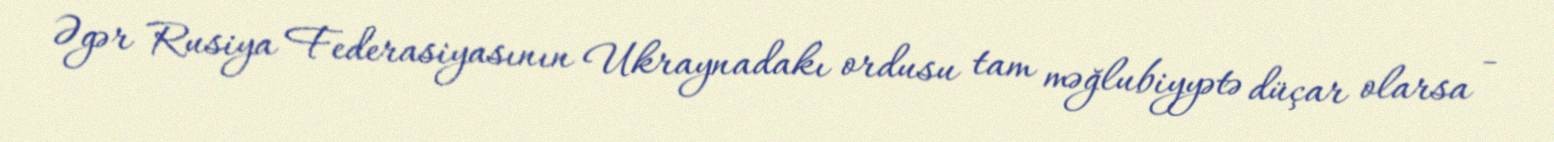
Əgər Rusiya Federasiyasının Ukraynadakı ordusu tam məğlubiyyətə düçar olarsa -